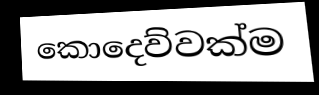
කොදෙව්වක්ම